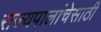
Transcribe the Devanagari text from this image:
राज्यपालांचेसाठी